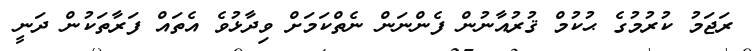
ރަޖަމު ކުރުމުގެ ޙުކުމް ޤުރުއާނުން ފެންނަން ނެތްކަމަށް ވިދާޅުވެ އެތައް ފަރާތަކުން ދަނީ